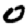
Digit: 0